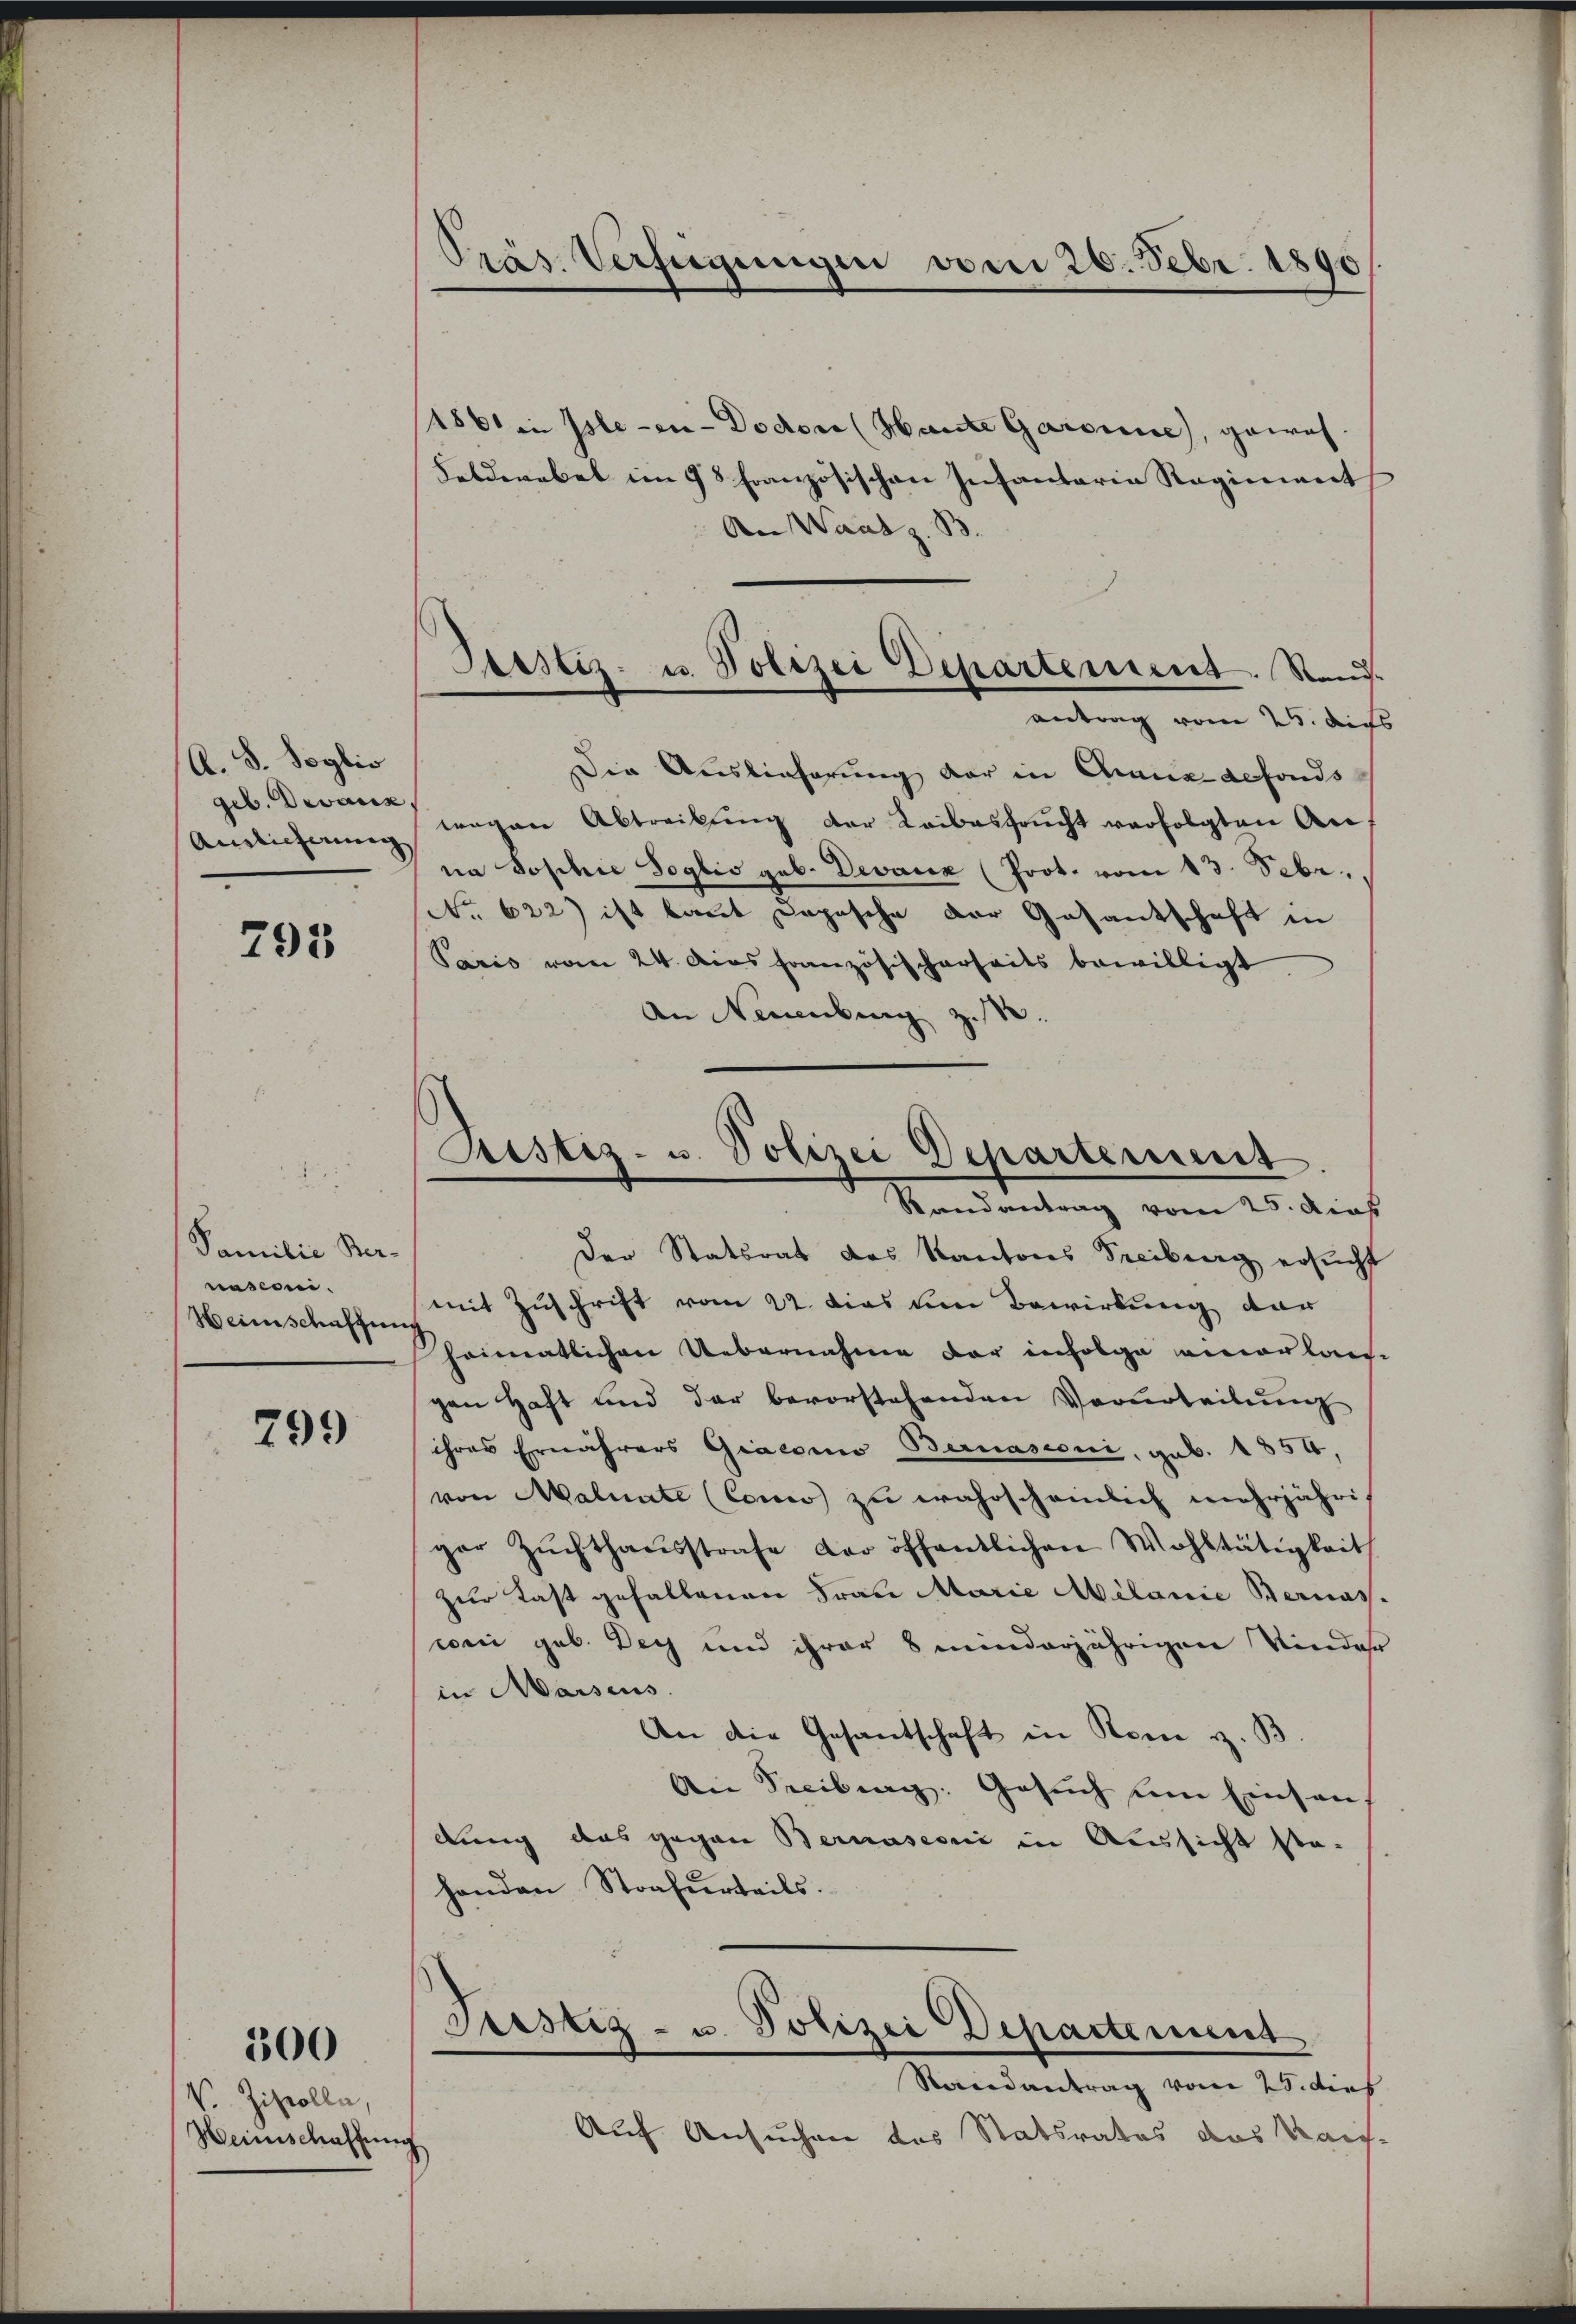
A. 8. Soglio
geb. Devanz
Ainlicherung

793

Familie Ber-
nasconi.
Heimschaffung

799

300

V. Ziscolla,
Heinschaffen

Präs. Verfügungen vom 26. Febr. 1890

Jostiz- u. Polizei Departement. Stand.
antrag vom 25. des

1861 in Isle-in - Dodor (Hante Gardiene, gewes
Felderabel im 98 französischen Infantaria Regiment
An Waatz. B.
Die Auslieferung der in Chana defonds
wegen Abtreibung der Leibesfrucht verfolgten An-
na Joschie Soglio geb. Devanz (Prot. vom 13. Febr.
No. 622) ist laut Copische der Gasantschaft in
Paris vom 24. dies französischerheits bewilligt
An Neuenburg z.
Der Statsrat des Kantons Sreibung ersucht
mit Zuschrift vom 22. das um Bewirkung der
heimatlichen Uebernahme der infolge einerlan-
gen haft und der bevorstehenden Verurteilŭng
ihres Ernährers Giaconio Bernasconi, geb. 1854,
von Maluate (Como zu wahrscheinlich mehrjähriger Zŭchthaŭsstrafe der öffentlichen Wohltätigkeit
zur Last gefallenen Frau Marie Milanie Bernas.
coni geb. Dey und ihrer 8 minderjährigen Kinder
in Marsens.
An die Gesandschaft in Rom z. B
An Freibung: Gesuch um Einsens
dung das gegen Bernasconi in Aussicht sta-
handen Strafurteils.
Justiz- u. Polizei Departement
Rerendantrag vom 25. dies
Auf Ansuchen des Statsrates das Wai-
c

Sistiz- u. Polizei Departement
Randantrag vom 25. dieas